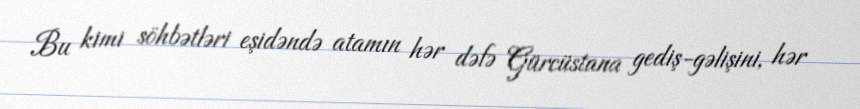
Bu kimi söhbətləri eşidəndə atamın hər dəfə Gürcüstana gediş-gəlişini, hər